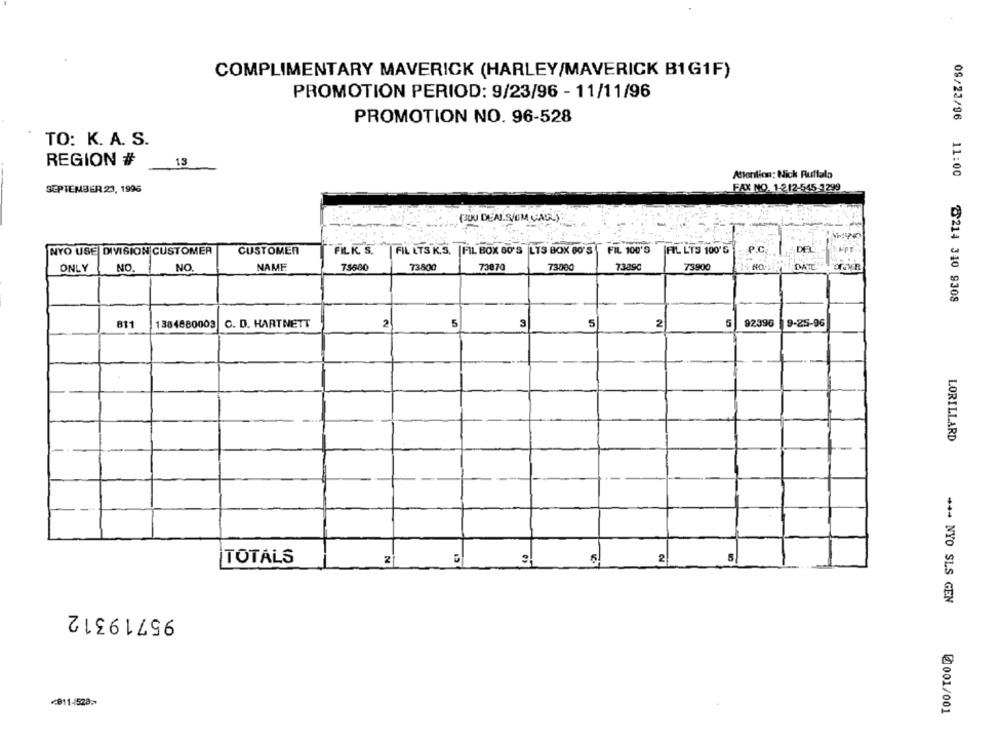
COMPLIMENTARY MAVERICK (HARLEY/MAVERICK B1G1F)
PROMOTION PERIOD: 9/23/96 - 11/11/96
PROMOTION NO. 96-528
TO: K. A. S.
REGION #
13
Attention: Nick Ruffalo
SEPTEMBER 23, 1996
FAX NO. 1-212-545.1299
(JOU DEALS/UM GADU)
NYO USE DIVISION CUSTOMER
CUSTOMER
FILK S.
FIL LTS K.S. |FIL BOX 80'S LIS BOX 80'S | FIL 100'S
FIL LTS 100'5
DEL
ONLY
NO.
NO
NAME
73500
73800
73870
73000
73890
73900
NOCH
DATE
09/23/96 11:00 8214 340 9308
811
1384680003
C. D. HARTNETT
2
5
3
5
2
92396
9-25-96
LORILLARD
CI
TOTALS
2
5
2
5
+++ NYO SLS GEN
95719312
<811-528>>
Ø001/001